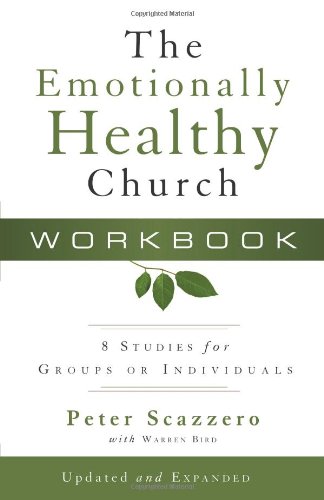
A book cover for The Emotionally Healthy Church Workbook: 8 Studies for Groups or Individuals; Peter Scazzero; Christian Books & Bibles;